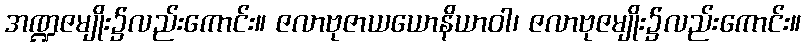
အဏ္ဍဇမျိုး၌လည်းကောင်း။ ဇလာဗုဇာယယောနိယာဝါ၊ ဇလာဗုဇမျိုး၌လည်းကောင်း။